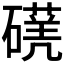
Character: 𥖈